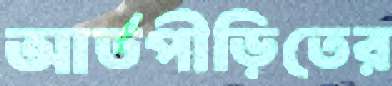
আর্তপীড়িতের